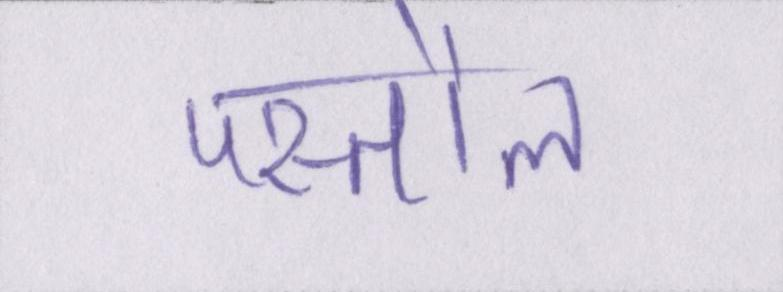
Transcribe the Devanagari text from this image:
पस्तौल